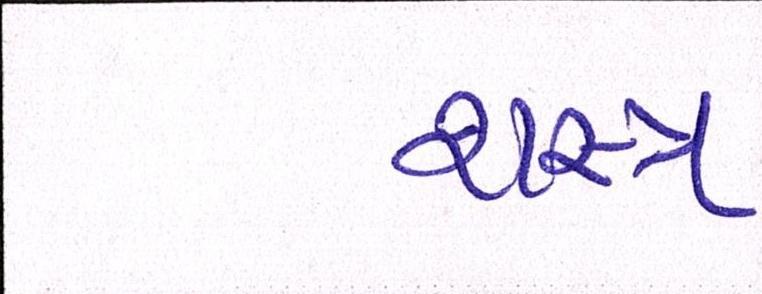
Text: શસ્ત્ર